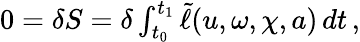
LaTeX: \begin{array}{r}{0=\delta S=\delta\int_{t_{0}}^{t_{1}}\tilde{\ell}(u,\omega,\chi,a)\, dt\, ,}\end{array}